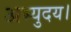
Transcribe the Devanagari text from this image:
अभ्युदय।